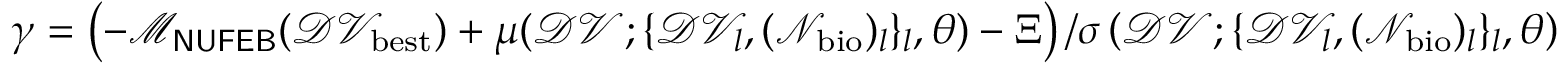
\gamma = \left( - \mathcal { M } _ { \sf N U F E B } ( \mathcal { D V } _ { \mathrm { b e s t } } ) + \mu ( \mathcal { D V } ; \{ \mathcal { D V } _ { l } , ( \mathcal { N } _ { \mathrm { b i o } } ) _ { l } \} _ { l } , \theta ) - \Xi \right) / \sigma \left( \mathcal { D V } ; \{ \mathcal { D V } _ { l } , ( \mathcal { N } _ { \mathrm { b i o } } ) _ { l } \} _ { l } , \theta \right)